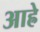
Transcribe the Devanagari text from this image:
आह्रे